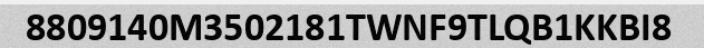
8809140M3502181TWNF9TLQB1KKBI8